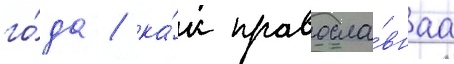
го́да / ка́к правосла́внаа